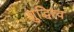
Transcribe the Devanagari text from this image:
शुद्धित्व